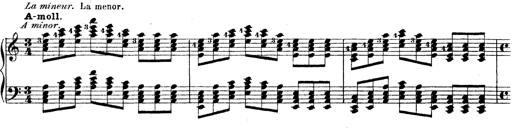
Title: Technische Studien
Composer: Franz Liszt